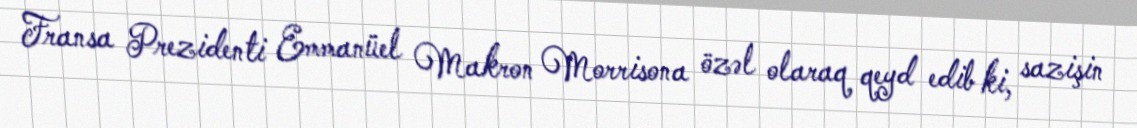
Fransa Prezidenti Emmanüel Makron Morrisona özəl olaraq qeyd edib ki, sazişin